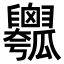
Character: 𤬣